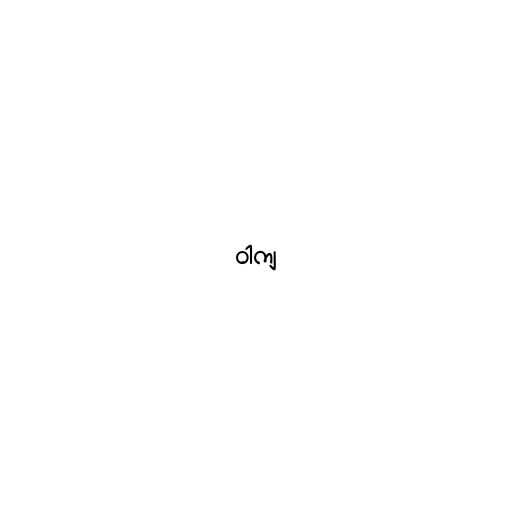
ဝါကျ